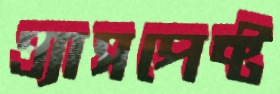
এ্যাসপেক্ট